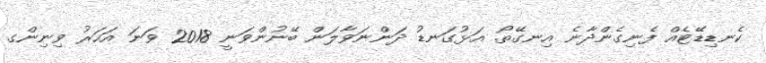
ކެނޑިޑޭޓެއް ފެނިގެންދާނެ އިނގޭތޯ. އަޅުގަނޑު ދަންނަވާލަން ބޭނުންވަނީ 2018 ވަނަ އަހަރު ވިނިންގ